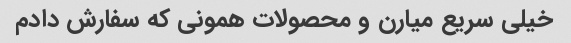
خیلی سریع میارن و محصولات همونی که سفارش دادم